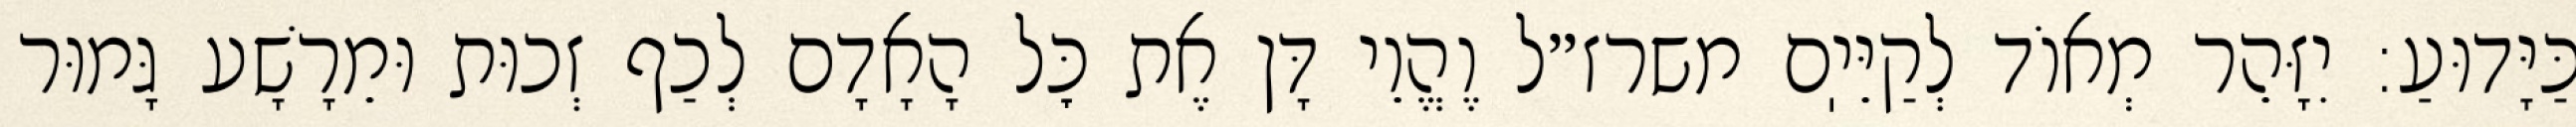
כַּיָּדוּעַ: יִזָּהֵר מְאוֹד לְקַיֵּיֽם משרז״ל וֶהֱוֵי דָּן אֶת כׇּל הָאָדָם לְכַף זְכוּת וּמֵרָשָׁע גָּמוּר